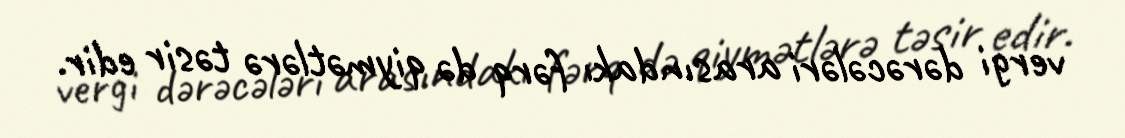
vergi dərəcələri arasındakı fərq də qiymətlərə təsir edir.